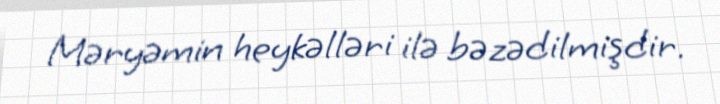
Məryəmin heykəlləri ilə bəzədilmişdir.